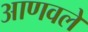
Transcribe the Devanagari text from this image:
आणवले